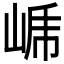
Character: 𭖤